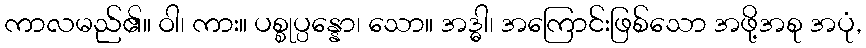
ကာလမည်၏။ ဝါ၊ ကား။ ပစ္စုပ္ပန္နော၊ သော။ အဒ္ဓါ၊ အကြောင်းဖြစ်သော အဖို့အစု အပုံ,